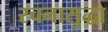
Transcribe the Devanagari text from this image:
रचनासुद्धा